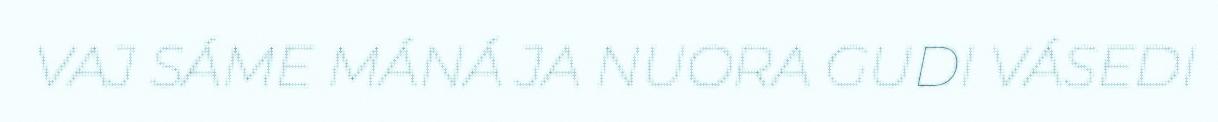
VAJ SÁME MÁNÁ JA NUORA GUDI VÁSEDI